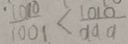
\frac { 1 0 1 0 } { 1 0 0 1 } < \frac { 1 0 1 0 } { 9 9 9 }